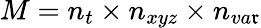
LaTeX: M=n_{t}\times{n_{xyz}}\times{n_{va\mathfrak{r}}}